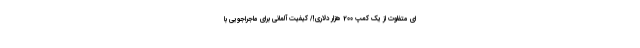
ای متفاوت از یک کمپ 200 هزار دلاری!/ کیفیت آلمانی برای ماجراجویی با